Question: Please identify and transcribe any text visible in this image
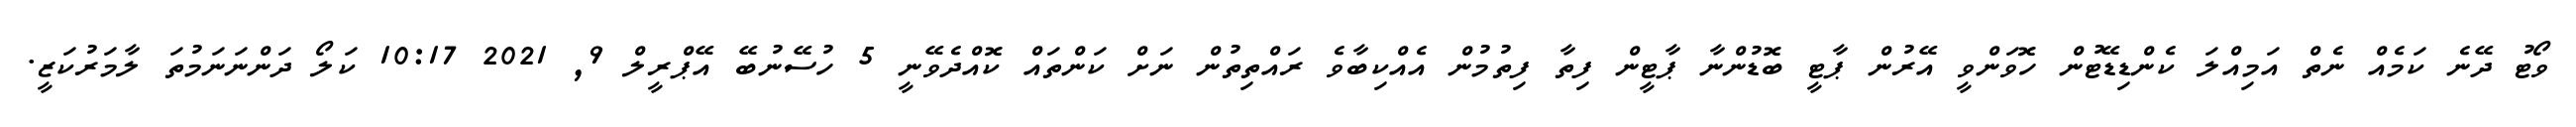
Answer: ވޯޓު ދޭނެ ކަމެއް ނެތް އަމިއްލަ ކެންޑިޑޭޓުން ހޮވަންވީ އޭރުން ޕާޓީ ބޮޑުންނާ ޕާޓީން ފިތާ ފިތުމުން އެއްކިބާވެ ރައްތިތުން ނަށް ކަންތައް ކޮއްދެވޭނީ 5 ހުސޭނުބޭ އޭޕްރީލް 9, 2021 10:17 ކަލޯ ދަންނަނަމުތަ ލާމަރުކަޒީ.